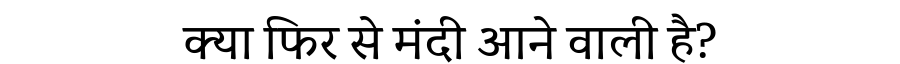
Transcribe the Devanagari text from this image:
क्या फिर से मंदी आने वाली है?